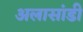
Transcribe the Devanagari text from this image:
अलासांडी